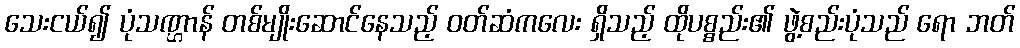
သေးငယ်၍ ပုံသဏ္ဌာန် တစ်မျိုးဆောင်နေသည့် ဝတ်ဆံကလေး ရှိသည့် ထိုပစ္စည်း၏ ဖွဲ့စည်းပုံသည် ရော ဘတ်